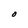
Character: O